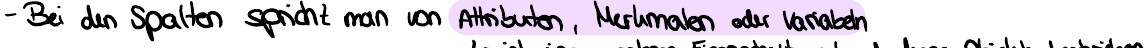
- Bei den Spalten spricht man von Attributen, Merkmalen oder Variabeln